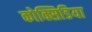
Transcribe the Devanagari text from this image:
कोक्सिडिया